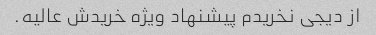
از دیجی نخریدم پیشنهاد ویژه خریدش عالیه.